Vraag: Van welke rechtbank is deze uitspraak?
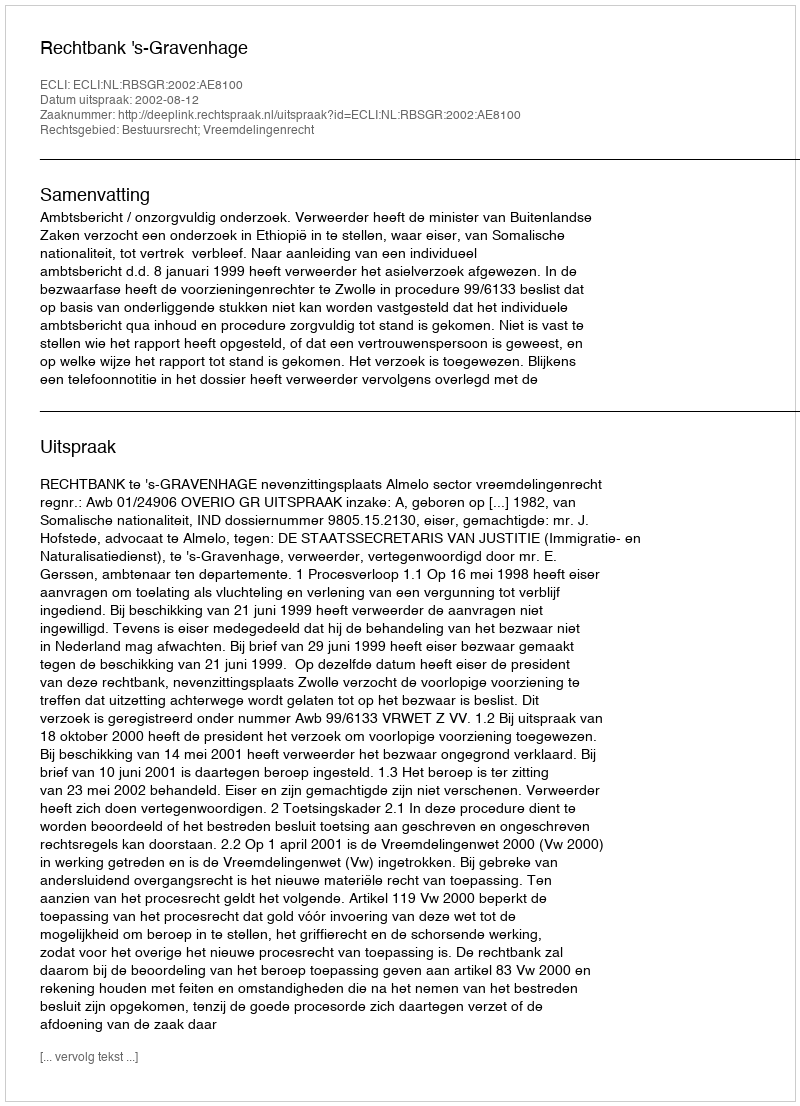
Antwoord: Rechtbank 's-Gravenhage